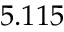
5 . 1 1 5